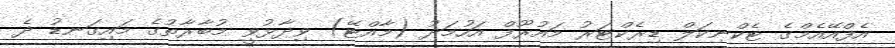
އެފްއޭއެމްގެ ޓެކްނިކަލް ޑިރެކްޓަރު މައުރޫފް އަހުމަދު (މާއްޓޭ) ވިދާޅުވީ މުބާރާތުގެ މައިގަނޑު ދެ